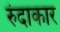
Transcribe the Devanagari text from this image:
रुंदाकार